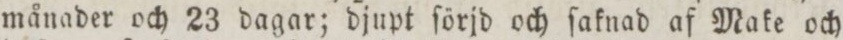
månader och 23 dagar; djupt ſörjd och ſaknad af Make och